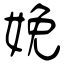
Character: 娩